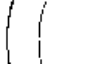
(|